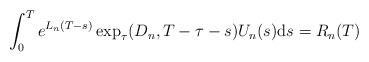
\begin{align*} \int_{0}^{T} e^{L_{n} (T - s)} \exp_{\tau}(D_{n}, T - \tau - s) U_{n}(s) \mathrm{d}s = R_{n}(T) \end{align*}